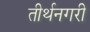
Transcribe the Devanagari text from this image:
तीर्थनगरी